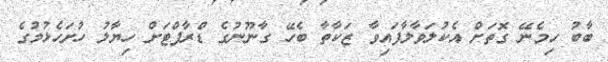
ބާބު ހިމެނޭ ގޮތަށް އެކުލަވާލާފައިވާ ޒަކާތާ ބެހޭ ގާނޫނުގެ ޑްރާފްޓަށް ހިޔާލު ހުށަހެޅުމުގެ